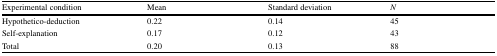
<table><thead><tr><td><b>Experimental condition</b></td><td><b>Mean</b></td><td><b>Standard deviation</b></td><td><b><i>N</i></b></td></tr></thead><tbody><tr><td>Hypothetico-deduction</td><td>0.22</td><td>0.14</td><td>45</td></tr><tr><td>Self-explanation</td><td>0.17</td><td>0.12</td><td>43</td></tr><tr><td>Total</td><td>0.20</td><td>0.13</td><td>88</td></tr></tbody></table>